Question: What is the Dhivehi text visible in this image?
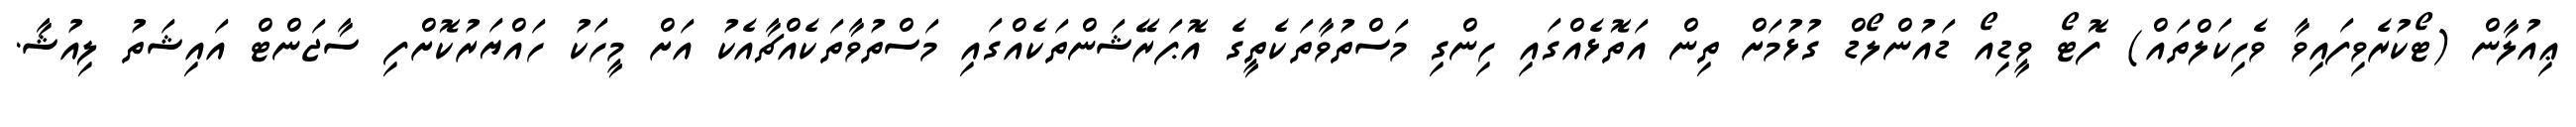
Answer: ޢިއުލާން (ޓޯކުރެވިފައިވާ ވެހިކަލްތައް) ފޮޓޯ ވީޑިއޯ ޑައުންލޯޑް ގުޅުމަށް ތިން އަތޮޅެއްގައި ހިންގި މަސްތުވާތަކެތީގެ އޮޕަރޭޝަންތަކެއްގައި މަސްތުވާތަކެއްޗާއެކު އަށް މީހަކު ހައްޔަރުކޮށްފި ސާޖަންޓް އައިޝަތު ލިއުޝާ.